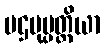
ပဌမုပ္ပတ္တိယာ